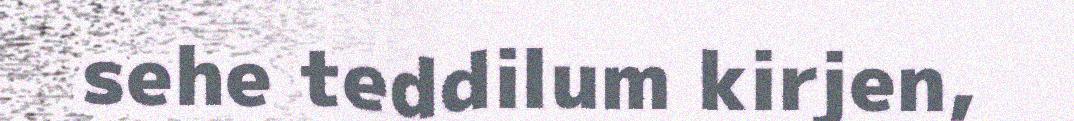
sehe teddilum kirjen,